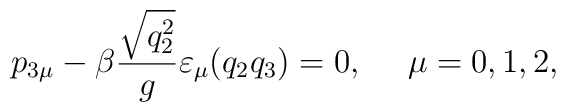
p_{3\mu}-\beta\frac{\sqrt{q_2^2}}{g}\varepsilon_\mu(q_2q_3)=0,~~~~\mu=0,1,2,